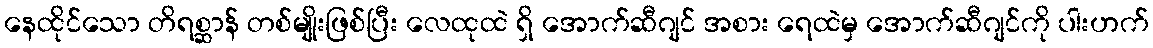
နေထိုင်သော တိရစ္ဆာန် တစ်မျိုးဖြစ်ပြီး လေထုထဲ ရှိ အောက်ဆီဂျင် အစား ရေထဲမှ အောက်ဆီဂျင်ကို ပါးဟက်